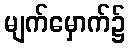
မျက်မှောက်၌